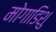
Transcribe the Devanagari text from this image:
मोगाडिशु